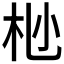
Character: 𫴺